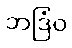
ဘဒြံဝ